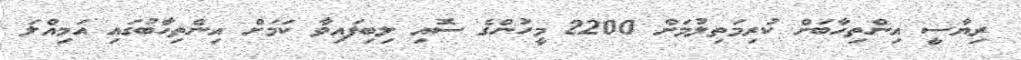
ރިޔާސީ އިންތިހާބަށް ކުރިމަތިލުމަށް 2200 މީހުންގެ ސޮއި ލިބިފައިވާ ކަމަށް އިންތިހާބުގައި އަމިއްލަ